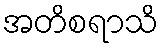
အတိစရာသိ